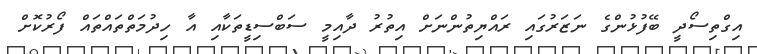
އިގްތިސޯދީ ބޭފުޅުންގެ ނަޒަރުގައި ރައްޔިތުންނަށް އިތުރު ދާއިމީ ސަބްސިޑީތަކާއި އާ ހިދުމަތްތައްތައް ފޯރުކޮށް